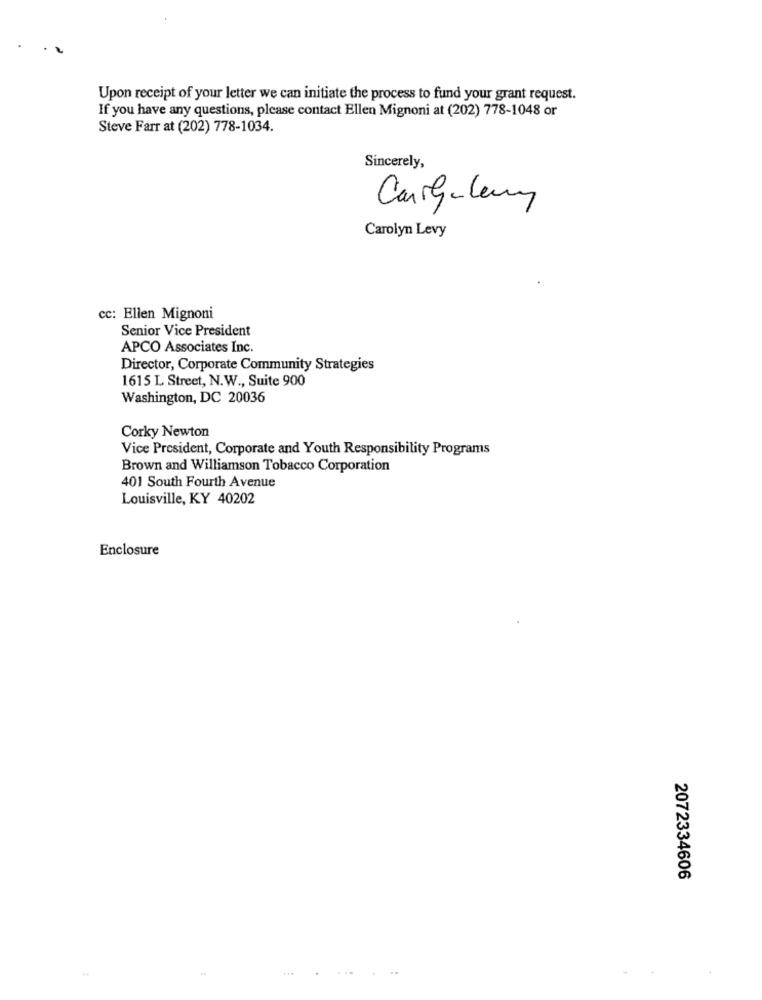
Upon receipt of your letter we can initiate the process to fund your grant request.
If you have any questions, please contact Ellen Mignoni at (202) 778-1048 or
Steve Farr at (202) 778-1034.
Sincerely,
Cargaleny
Carolyn Levy
cc: Ellen Mignoni
Senior Vice President
APCO Associates Inc.
Director, Corporate Community Strategies
1615 L. Street, N.W ., Suite 900
Washington, DC 20036
Corky Newton
Vice President, Corporate and Youth Responsibility Programs
Brown and Williamson Tobacco Corporation
401 South Fourth Avenue
Louisville, KY 40202
Enclosure
2072334606
..
. .....